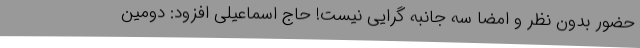
حضور بدون نظر و امضا سه جانبه گرایی نیست! حاج اسماعیلی افزود: دومین